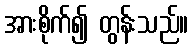
အားစိုက်၍ တွန်းသည်။